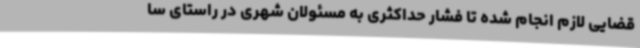
قضایی لازم انجام شده تا فشار حداکثری به مسئولان شهری در راستای سا